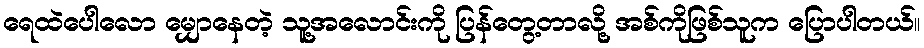
ရေထဲပေါလော မျှောနေတဲ့ သူ့အလောင်းကို ပြန်တွေ့တာလို့ အစ်ကိုဖြစ်သူက ပြောပါတယ်။